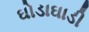
ઘોડાઘાડી